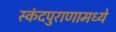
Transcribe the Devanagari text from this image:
स्कंदपुराणामध्ये